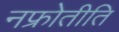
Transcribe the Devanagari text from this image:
नफ्रोेतीति